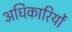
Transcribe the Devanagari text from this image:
अधिकारियोंं